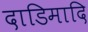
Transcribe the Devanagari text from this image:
दाडिमादि